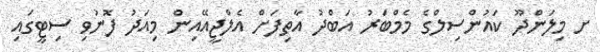
ށ މިލަންދޫ ކައުންސިލްގެ މެމްބަރު އަބްދު އާތިފަށް އެލްޖީއޭއިން މިއަދު ފޮނުވި ސިޓީގައި